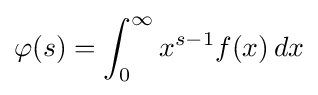
\varphi (s)=\int _{0}^{\infty }x^{s-1}f(x)\,dx